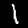
Digit: 1